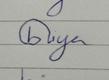
Signature authenticity: genuine